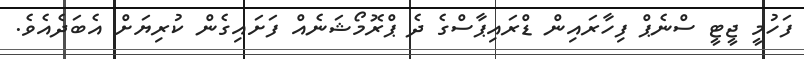
ފަހުމީ ޖީޓީ ސްނެޕް ފިހާރައިން ޑްރައިޕާސްގެ ދެ ޕްރޮމޯޝަނެއް ފަށައިގެން ކުރިޔަށް އެބަދެއެވެ.